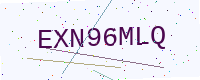
Text: EXN96MLQ